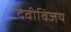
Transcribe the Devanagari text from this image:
देवीविजय